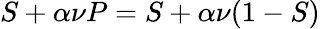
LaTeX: S+\alpha\nu P=S+\alpha\nu(1-S)